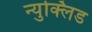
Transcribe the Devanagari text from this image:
न्युक्लिड